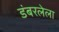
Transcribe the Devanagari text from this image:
डंबरलेला